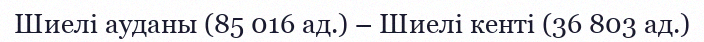
Шиелі ауданы (85 016 ад.) – Шиелі кенті (36 803 ад.)